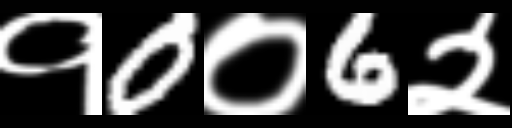
Text: १0०6२